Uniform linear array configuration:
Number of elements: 24
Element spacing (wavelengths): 0.25
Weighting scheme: exponential
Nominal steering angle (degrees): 60
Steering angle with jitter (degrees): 58.926
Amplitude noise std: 0.05
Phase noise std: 0.05

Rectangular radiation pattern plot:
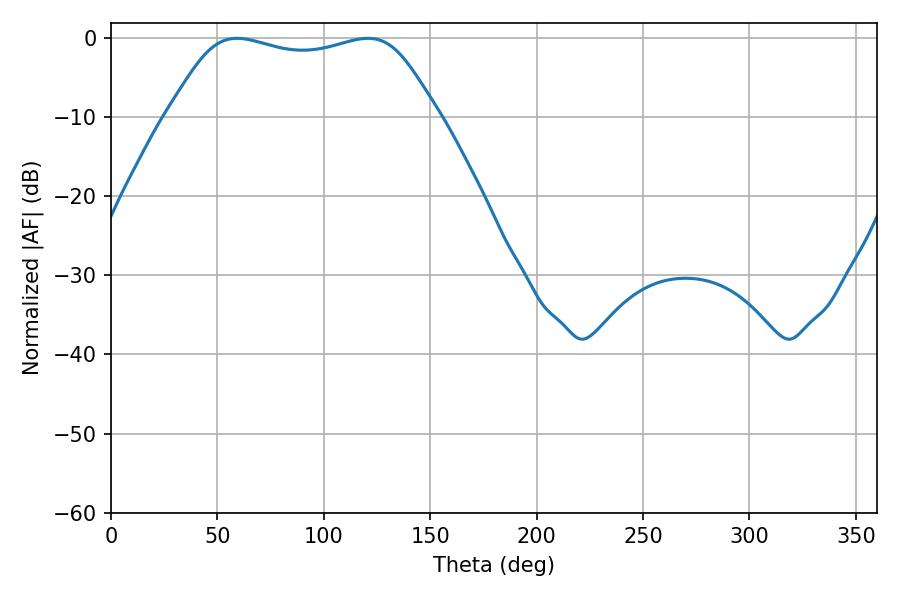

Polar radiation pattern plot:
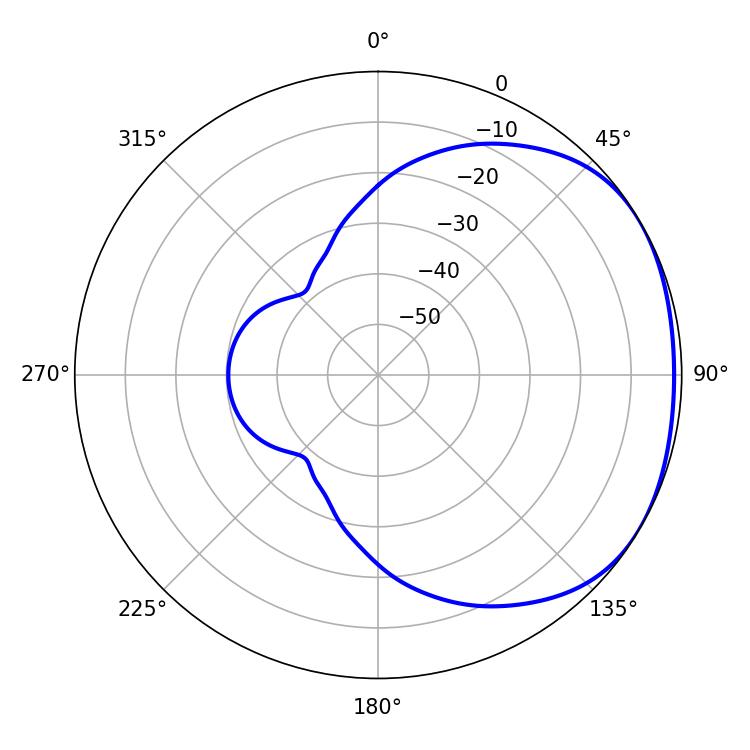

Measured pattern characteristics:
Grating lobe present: FALSE
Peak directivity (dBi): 1.715
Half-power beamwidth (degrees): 97.92
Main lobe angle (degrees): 59.22